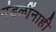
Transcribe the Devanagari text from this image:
मंडळींनाही